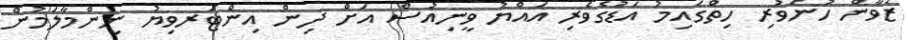
ޒުވާން ހުނަވުރި ހިތްގައިމު އަޑުގެވެރި އައްޔު ވީނިއުސް އަށް ދިން އިންޓަރވިޔު ނިންމާލަމުން